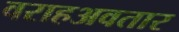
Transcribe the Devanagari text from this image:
वराहअवतार